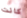
كانت